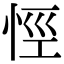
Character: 𢙼